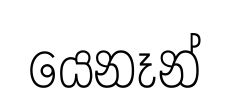
යෙනෑන්